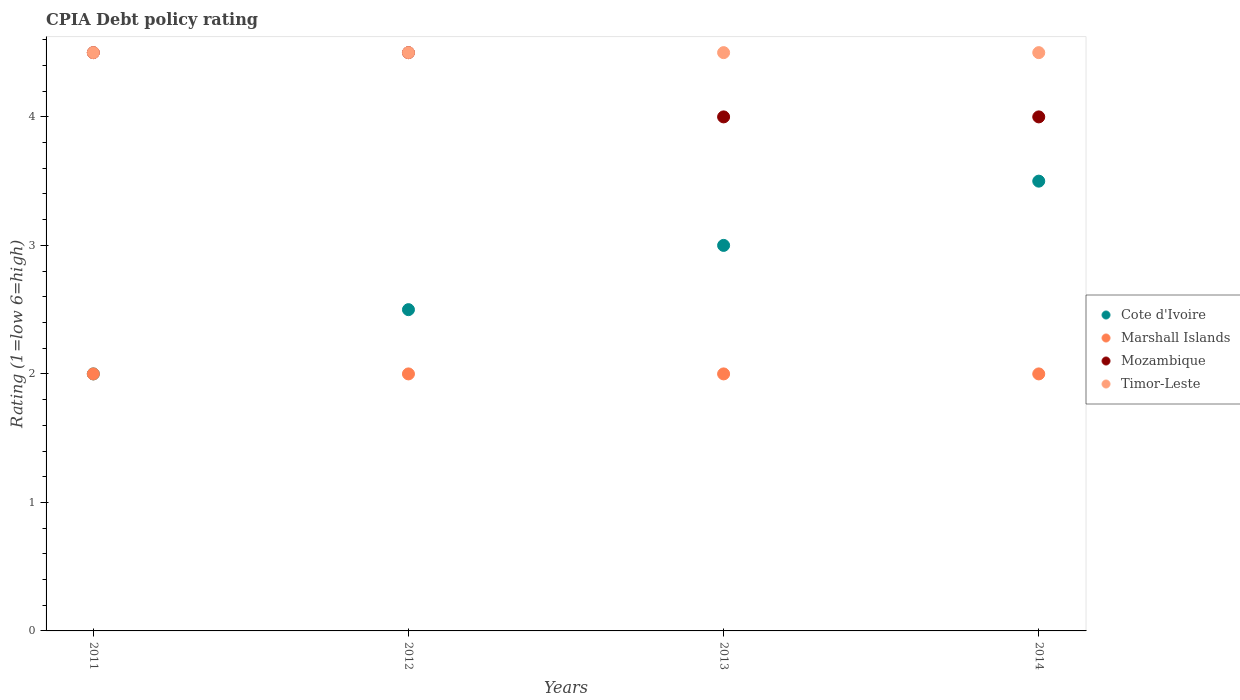
| Years | Cote d'Ivoire | Marshall Islands | Mozambique | Timor-Leste |
 | --- | --- | --- | --- | --- |
 | 2011 | 2 | 2 | 4.5 | 4.5 |
 | 2012 | 2.5 | 2 | 4.5 | 4.5 |
 | 2013 | 3 | 2 | 4 | 4.5 |
 | 2014 | 3.5 | 2 | 4 | 4.5 |